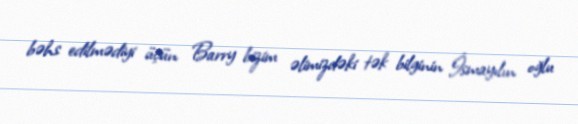
bəhs edilmədiyi üçün Barry bizim əlimizdəki tək bilginin İsmayılın oğlu